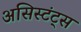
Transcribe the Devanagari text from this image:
असिस्टंट्स